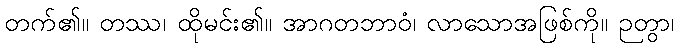
တက်၏။ တဿ၊ ထိုမင်း၏။ အာဂတဘာဝံ၊ လာသောအဖြစ်ကို။ ဉတွာ၊